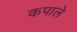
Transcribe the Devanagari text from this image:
कपाले